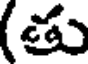
(తు